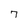
Character: 7